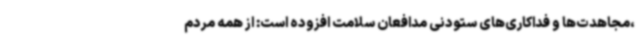
،مجاهدت‌ها و فداکاری‌های ستودنی مدافعان سلامت افزوده است: از همه مردم